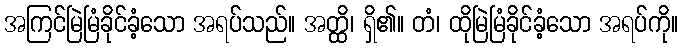
အကြင်မြဲမြံခိုင်ခံ့သော အရပ်သည်။ အတ္ထိ၊ ရှိ၏။ တံ၊ ထိုမြဲမြံခိုင်ခံ့သော အရပ်ကို။